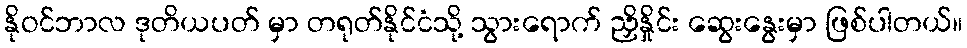
နိုဝင်ဘာလ ဒုတိယပတ် မှာ တရုတ်နိုင်ငံသို့ သွားရောက် ညှိနှိုင်း ဆွေးနွေးမှာ ဖြစ်ပါတယ်။